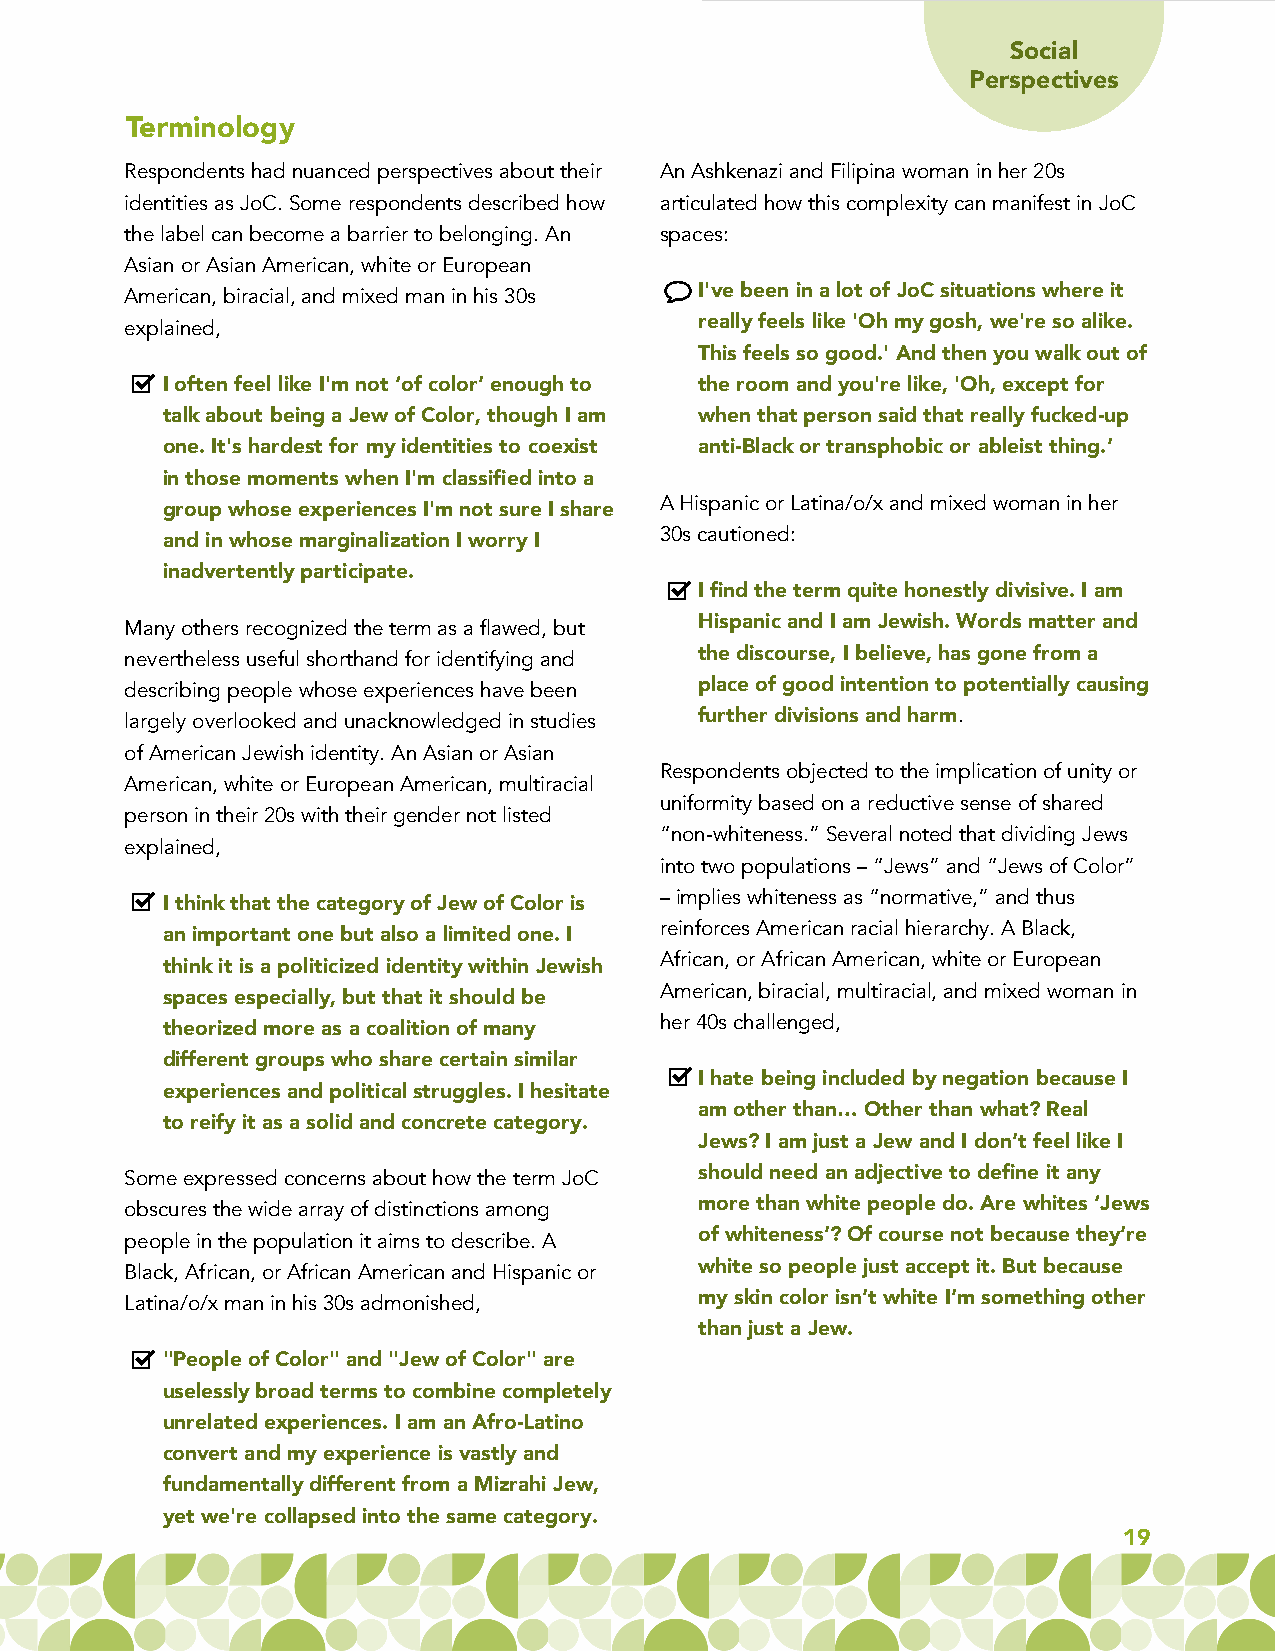
Social
 Perspectives
 Terminology
 Respondents had nuanced perspectives about their An Ashkenazi and Filipina woman in her 20s
 identities as JoC. Some respondents described how articulated how this complexity can manifest in JoC
 the label can become a barrier to belonging. An spaces:
 Asian or Asian American, white or European
 American, biracial, and mixed man in his 30s I've been in a lot of JoC situations where it
 really feels like 'Oh my gosh, we're so alike.
 explained,
 This feels so good.' And then you walk out of
 I often feel like I'm not ‘of color’ enough to the room and you're like, 'Oh, except for
 talk about being a Jew of Color, though I am when that person said that really fucked-up
 one. It's hardest for my identities to coexist anti-Black or transphobic or ableist thing.’
 in those moments when I'm classified into a
 group whose experiences I'm not sure I share A Hispanic or Latina/o/x and mixed woman in her
 30s cautioned:
 and in whose marginalization I worry I
 inadvertently participate.
 I find the term quite honestly divisive. I am
 Hispanic and I am Jewish. Words matter and
 Many others recognized the term as a flawed, but
 nevertheless useful shorthand for identifying and the discourse, I believe, has gone from a
 place of good intention to potentially causing
 describing people whose experiences have been
 largely overlooked and unacknowledged in studies further divisions and harm.
 of American Jewish identity. An Asian or Asian
 Respondents objected to the implication of unity or
 American, white or European American, multiracial
 uniformity based on a reductive sense of shared
 person in their 20s with their gender not listed
 “non-whiteness.” Several noted that dividing Jews
 explained,
 into two populations –“Jews” and “Jews of Color”
 –implies whiteness as “normative,” and thus
 I think that the category of Jew of Color is
 an important one but also a limited one. I reinforces American racial hierarchy.A Black,
 African, or African American, white or European
 think it is a politicized identity within Jewish
 spaces especially, but that it should be American, biracial, multiracial, and mixed woman in
 her 40s challenged,
 theorized more as a coalition of many
 different groups who share certain similar
 I hate being included by negation because I
 experiences and political struggles. I hesitate
 am other than… Other than what? Real
 to reify it as a solid and concrete category.
 Jews? I am just a Jew and I don’t feel like I
 should need an adjective to define it any
 Some expressed concerns about how the term JoC
 obscures the wide array of distinctions among more than white people do. Are whites ‘Jews
 of whiteness’? Of course not because they’re
 people in the population it aims to describe. A
 Black, African, or African American and Hispanic or white so people just accept it. But because
 my skin color isn’t white I’m something other
 Latina/o/x man in his 30s admonished,
 than just a Jew.
 "People of Color" and "Jew of Color" are
 uselessly broad terms to combine completely
 unrelated experiences. I am an Afro-Latino
 convert and my experience is vastly and
 fundamentally different from a Mizrahi Jew,
 yet we're collapsed into the same category.
 19